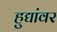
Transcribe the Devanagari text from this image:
हुद्यांवर